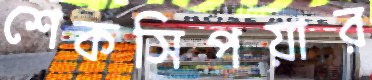
শেকসিপয়ার